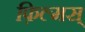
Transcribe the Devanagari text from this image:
फ़िल्मस्